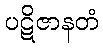
ပဋိဇာနတံ